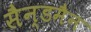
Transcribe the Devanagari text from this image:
सैन्डमैन